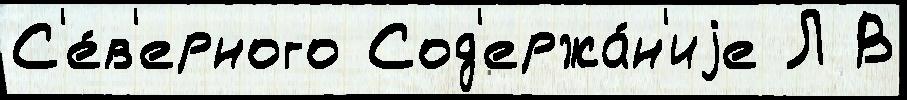
С'е́в'ерного Сод'ержа́н'иjе Л В